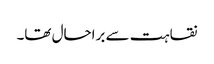
نقاہت سے براحال تھا۔